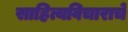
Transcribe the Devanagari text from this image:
साहित्यविचाराचे